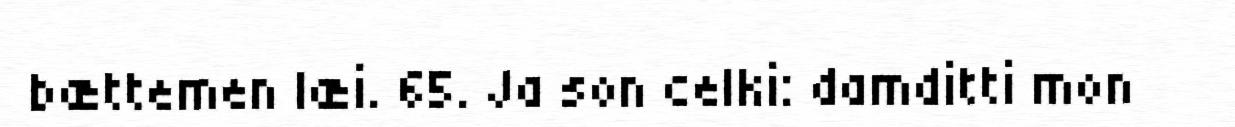
bættemen læi. 65. Ja son celki: damditti mon